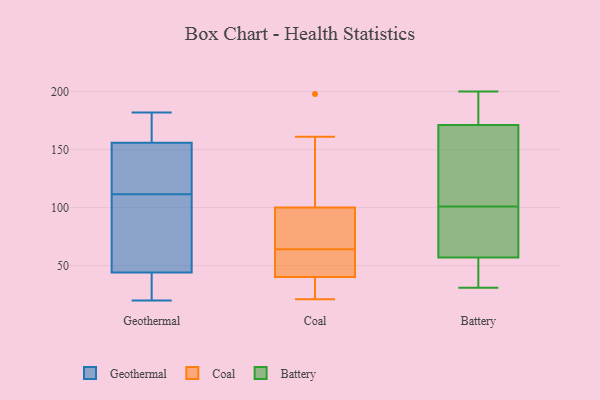
{"axis": {"x": "Operating Costs (USD K)", "y": "Value"}, "legend": ["Battery", "Coal", "Geothermal"], "data": [{"x": "", "y": 174, "type": "Geothermal"}, {"x": "", "y": 178, "type": "Geothermal"}, {"x": "", "y": 20, "type": "Geothermal"}, {"x": "", "y": 41, "type": "Geothermal"}, {"x": "", "y": 24, "type": "Geothermal"}, {"x": "", "y": 138, "type": "Geothermal"}, {"x": "", "y": 114, "type": "Geothermal"}, {"x": "", "y": 120, "type": "Geothermal"}, {"x": "", "y": 54, "type": "Geothermal"}, {"x": "", "y": 109, "type": "Geothermal"}, {"x": "", "y": 47, "type": "Geothermal"}, {"x": "", "y": 182, "type": "Geothermal"}, {"x": "", "y": 47, "type": "Coal"}, {"x": "", "y": 100, "type": "Coal"}, {"x": "", "y": 38, "type": "Coal"}, {"x": "", "y": 21, "type": "Coal"}, {"x": "", "y": 161, "type": "Coal"}, {"x": "", "y": 70, "type": "Coal"}, {"x": "", "y": 38, "type": "Coal"}, {"x": "", "y": 198, "type": "Coal"}, {"x": "", "y": 100, "type": "Coal"}, {"x": "", "y": 64, "type": "Coal"}, {"x": "", "y": 56, "type": "Coal"}, {"x": "", "y": 105, "type": "Battery"}, {"x": "", "y": 101, "type": "Battery"}, {"x": "", "y": 32, "type": "Battery"}, {"x": "", "y": 100, "type": "Battery"}, {"x": "", "y": 200, "type": "Battery"}, {"x": "", "y": 69, "type": "Battery"}, {"x": "", "y": 53, "type": "Battery"}, {"x": "", "y": 177, "type": "Battery"}, {"x": "", "y": 154, "type": "Battery"}, {"x": "", "y": 31, "type": "Battery"}, {"x": "", "y": 190, "type": "Battery"}]}